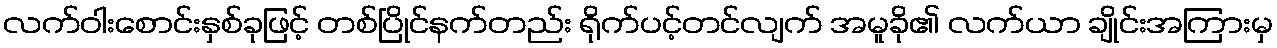
လက်ဝါးစောင်းနှစ်ခုဖြင့် တစ်ပြိုင်နက်တည်း ရိုက်ပင့်တင်လျက် အမူခို၏ လက်ယာ ချိုင်းအကြားမှ